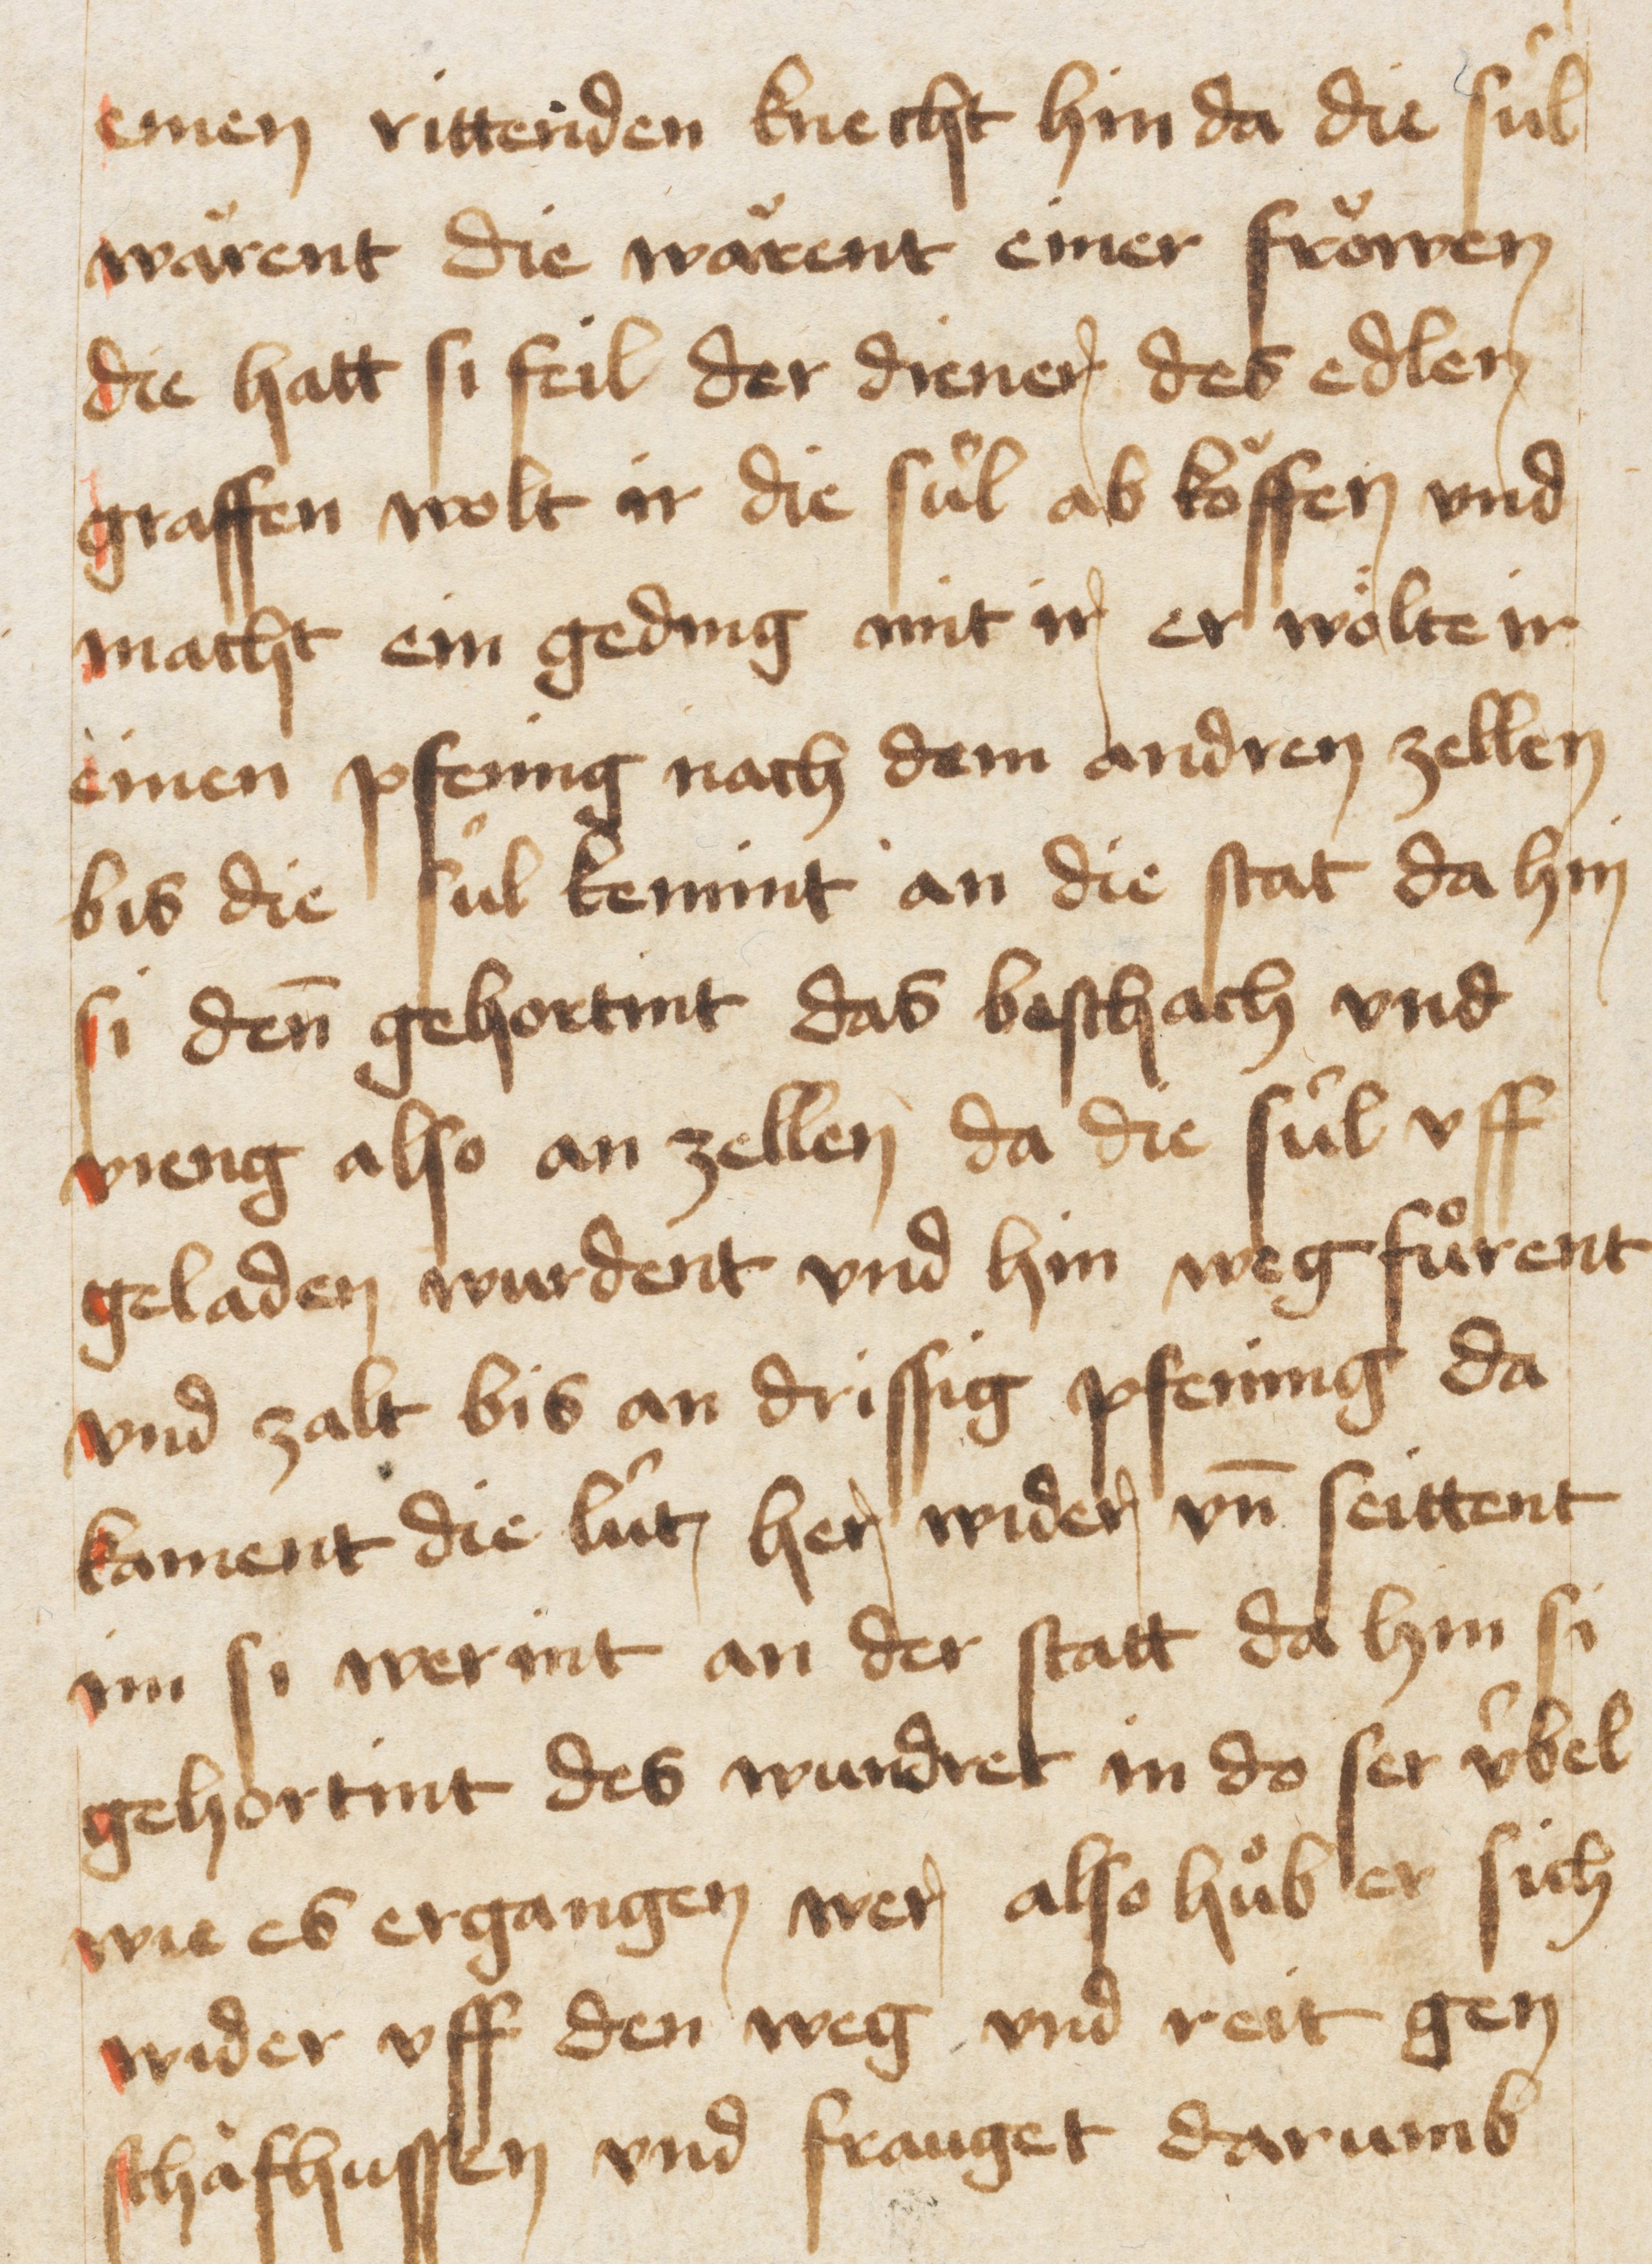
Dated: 1467–1467